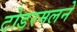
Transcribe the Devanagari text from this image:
टोडरमलने